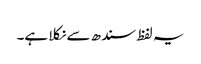
یہ لفظ سندھ سے نکلا ہے۔